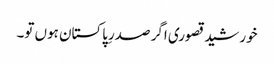
خورشید قصوری اگر صدرِپاکستان ہوں تو۔